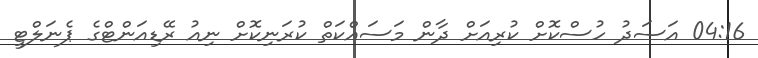
04:16 އަސަދު ހުސްކޮށް ކުރިއަށް ދާން މަސައްކަތް ކުރަނިކޮށް ނިއު ރޭޑިއަންޓްގެ ޕެނަލްޓީ